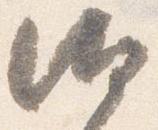
汰